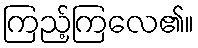
ကြည့်ကြလေ၏။